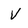
Character: V